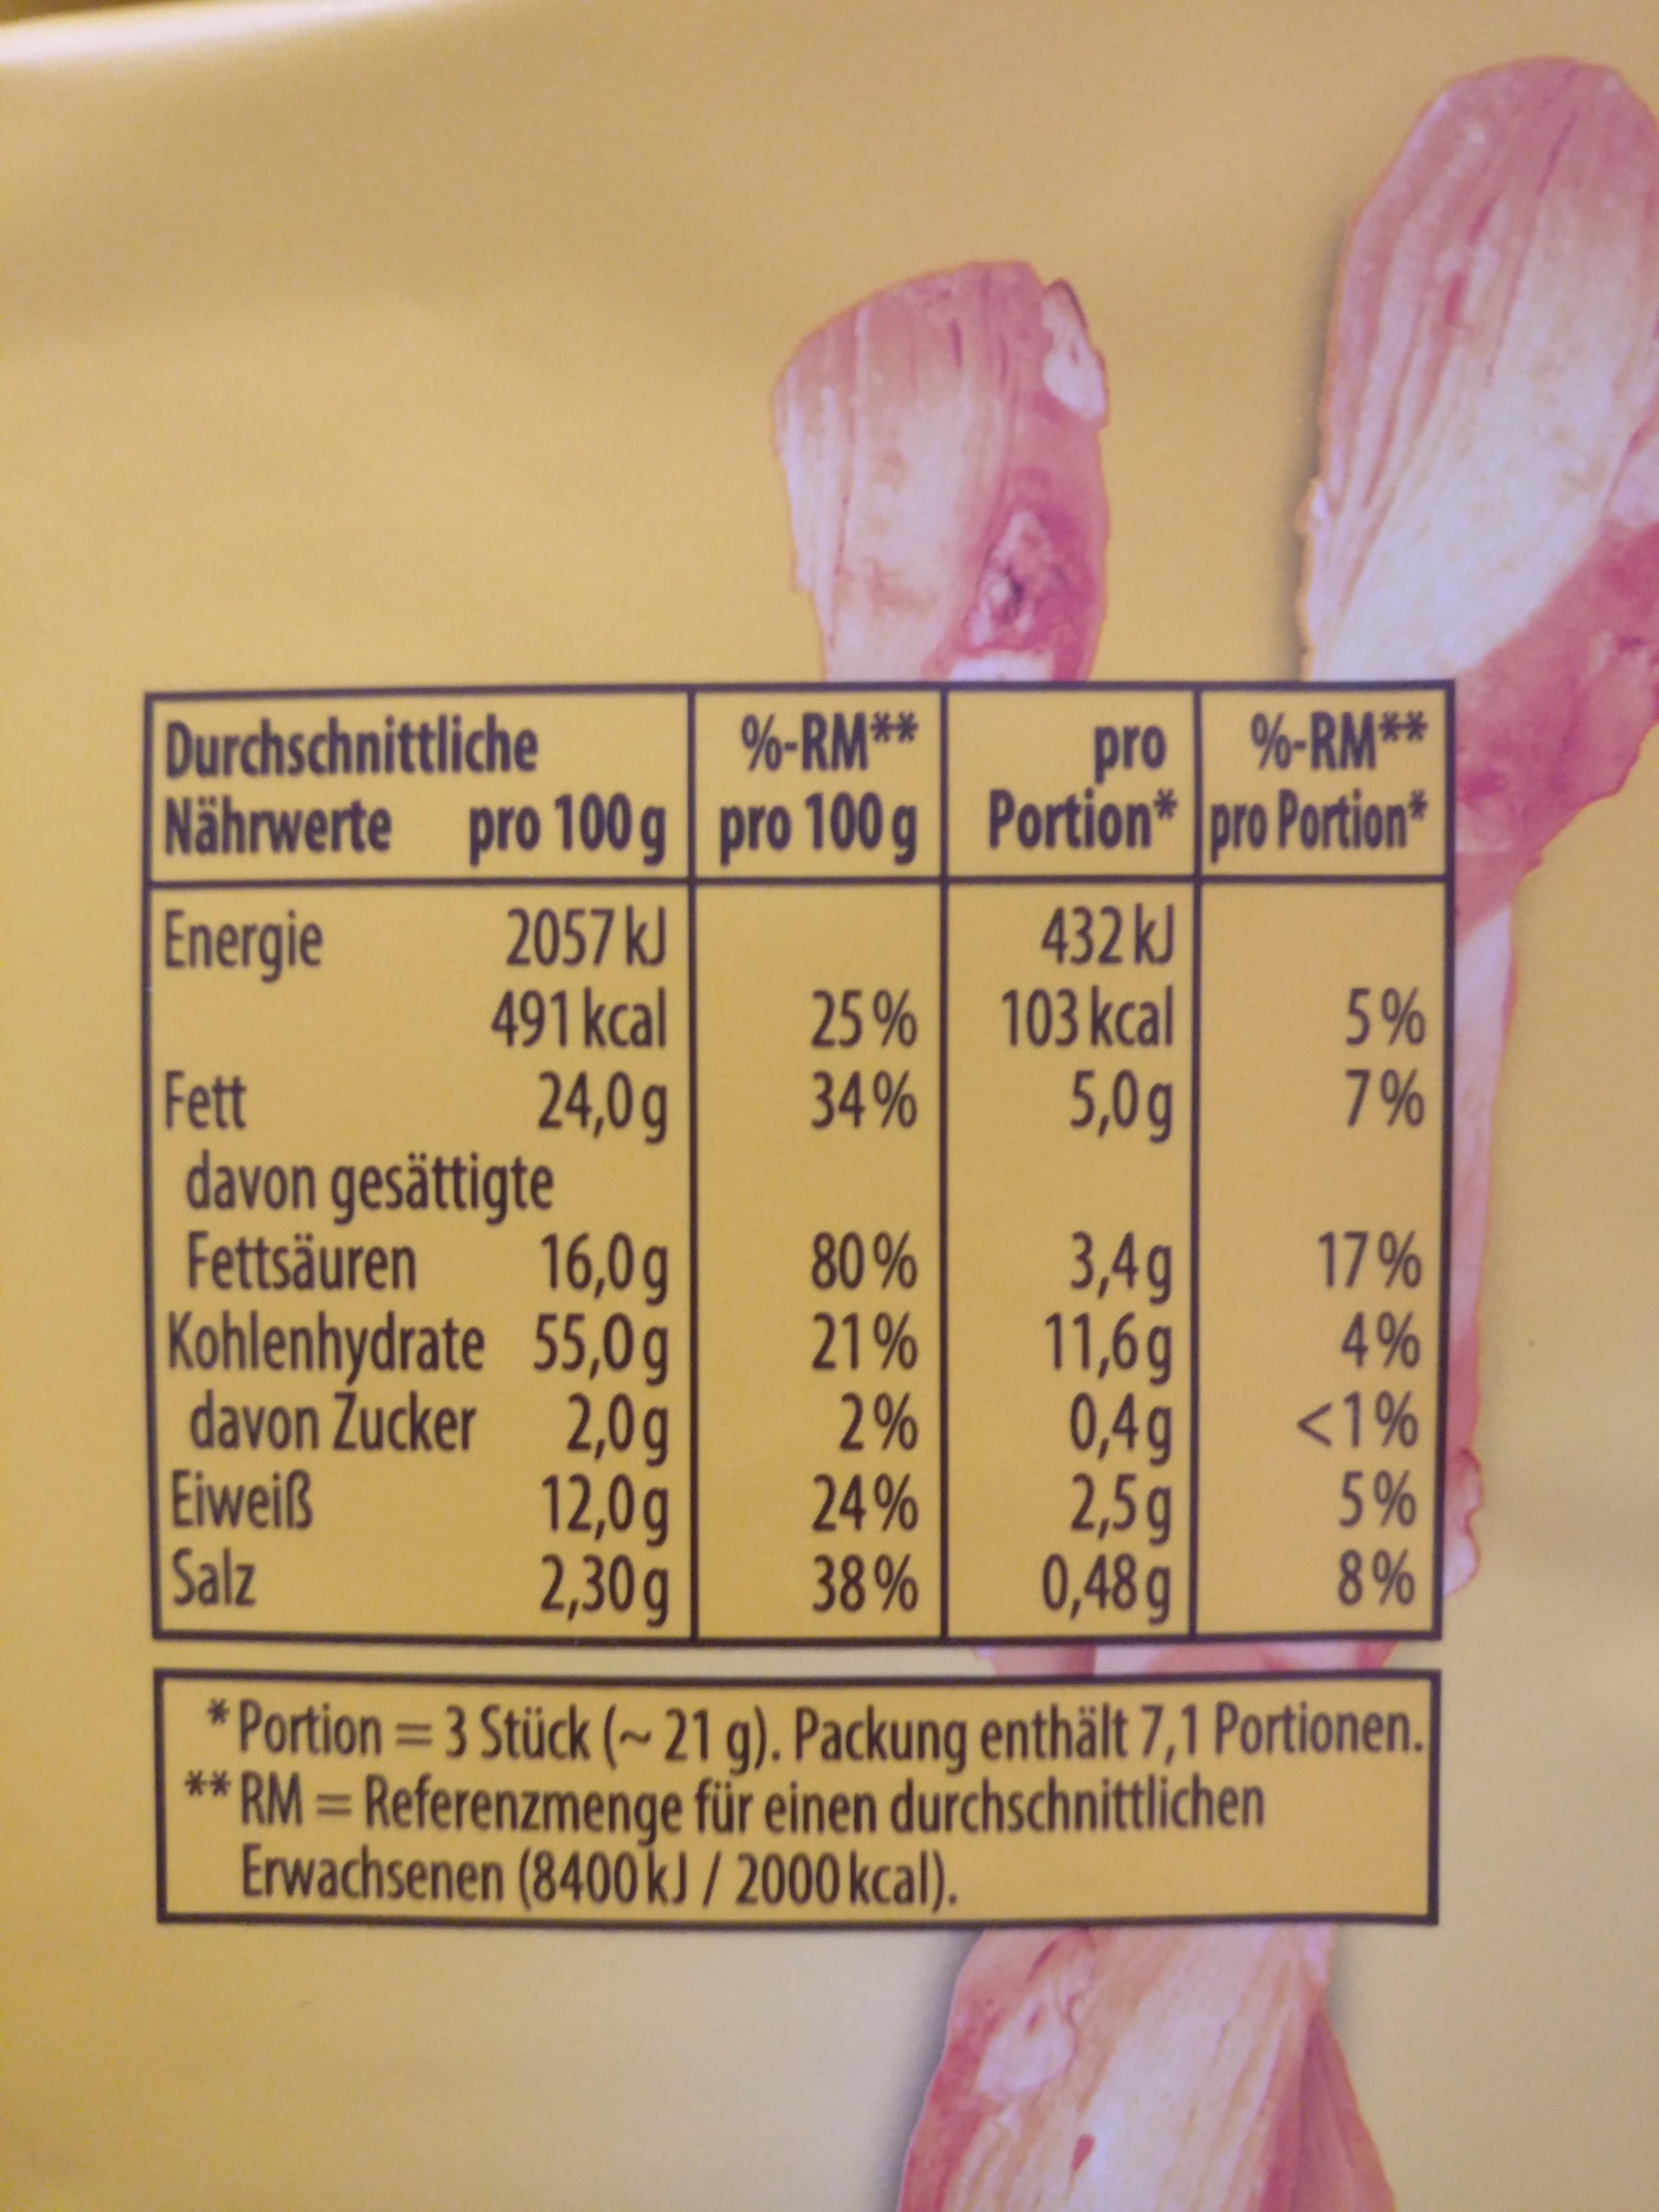
Durchschnittliche Nährwerte pro 100 g %-RM** pro 100 g Portion* pro Portion* pro %-RM** 432kJ 25% 103 kcal 5,0g 2057 kJ 491kcal 24,0g davon gesättigte 16,0g Kohlenhydrate 55,0g davon Žucker Energie 5% 7% Fett 34% Fettsäuren 2,0g 12,0g 2,30g 80% 21% 2% 24% 38% 3,4q 11,6g 0,4g 2,5g 0,48g 17% 4% <1% 5% 8% Eiweiß Salz * Portion = 3 Stück (~ 21 g). Packung enthält 7,1 Portionen. ** RM = Referenzmenge für einen durchschnittlichen Erwachsenen (8400 kJ / 2000 kcal). %3D